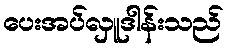
ပေးအပ်လှူဒါန်းသည်